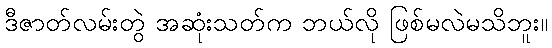
ဒီဇာတ်လမ်းတွဲ အဆုံးသတ်က ဘယ်လို ဖြစ်မလဲမသိဘူး။